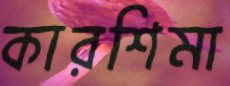
কারশিমা